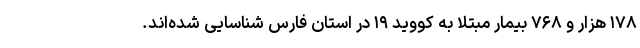
۱۷۸ هزار و ۷۶۸ بیمار مبتلا به کووید ۱۹ در استان فارس شناسایی شده‌اند.